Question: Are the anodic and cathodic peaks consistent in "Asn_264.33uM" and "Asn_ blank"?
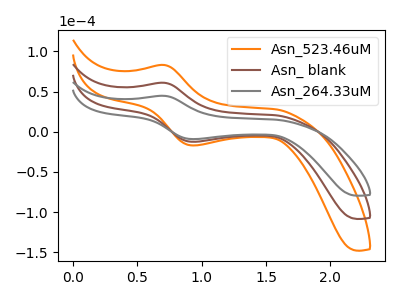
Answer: <think>The orange curve "Asn_523.46uM" has an anodic peak at (0.70V, 121.75uA) and a cathodic peak at (0.95V, -25.10uA). The brown curve "Asn_ blank" has an anodic peak at (0.70V, 60.90uA) and a cathodic peak at (0.95V, -12.55uA). The gray curve "Asn_264.33uM" has an anodic peak at (0.70V, 44.65uA) and a cathodic peak at (0.95V, -9.20uA).</think>
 <answer>Yes, "Asn_264.33uM" have a peak in "Asn_ blank" at the same potential.</answer>
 <eval>match</eval>